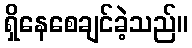
ရှိနေစေချင်ခဲ့သည်။